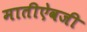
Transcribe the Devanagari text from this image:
मातीऐवजी